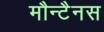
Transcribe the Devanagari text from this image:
मौन्टैनस